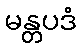
မန္တပဒံ